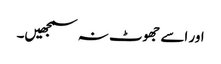
اور اسے جھوٹ نہ سمجھیں۔